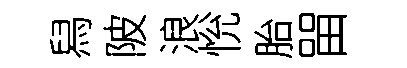
舄陂浪恱胎㽞